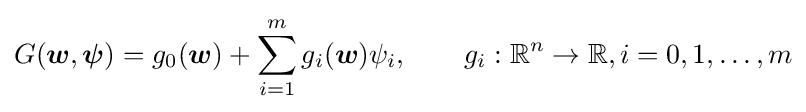
G({\boldsymbol {w}},{\boldsymbol {\psi }})=g_{0}({\boldsymbol {w}})+\sum _{i=1}^{m}g_{i}({\boldsymbol {w}})\psi _{i},\qquad g_{i}:\mathbb {R} ^{n}\to \mathbb {R} ,i=0,1,\ldots ,m